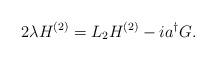
LaTeX: \begin{align*}2\lambda H^{(2)} = L_2 H^{(2)} -i a^\dagger G.\end{align*}